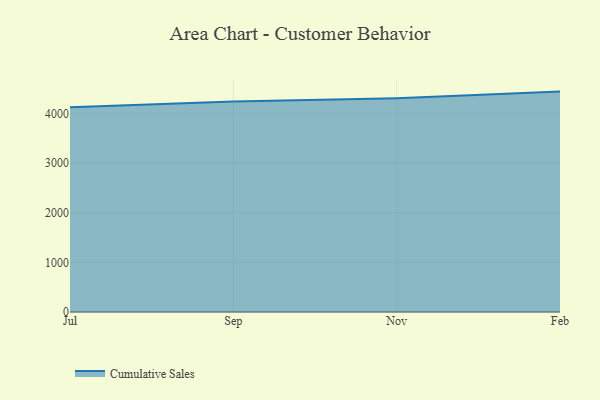
{"axis": {"x": "Month", "y": "Gross Profit (USD K)"}, "legend": ["Cumulative Sales"], "data": [{"x": "Jul", "y": 4126.0, "type": "Cumulative Sales"}, {"x": "Sep", "y": 4239.0, "type": "Cumulative Sales"}, {"x": "Nov", "y": 4306.4, "type": "Cumulative Sales"}, {"x": "Feb", "y": 4439.8, "type": "Cumulative Sales"}]}